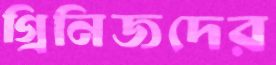
গ্রিনিজদের